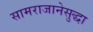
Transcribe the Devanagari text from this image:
सामराजानेसुद्धा